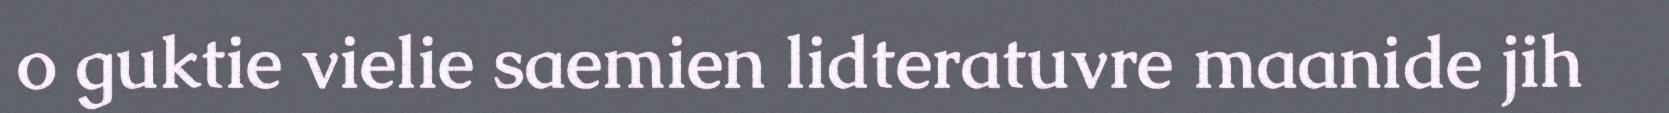
o guktie vielie saemien lidteratuvre maanide jih